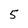
Character: 5